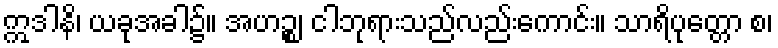
ဣဒါနိ၊ ယခုအခါ၌။ အဟဉ္စ၊ ငါဘုရားသည်လည်းကောင်း။ သာရိပုတ္တော စ၊